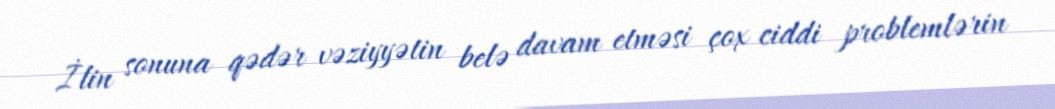
İlin sonuna qədər vəziyyətin belə davam etməsi çox ciddi problemlərin